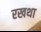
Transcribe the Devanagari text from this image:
रखथा